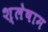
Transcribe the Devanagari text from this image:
श्लेषाम